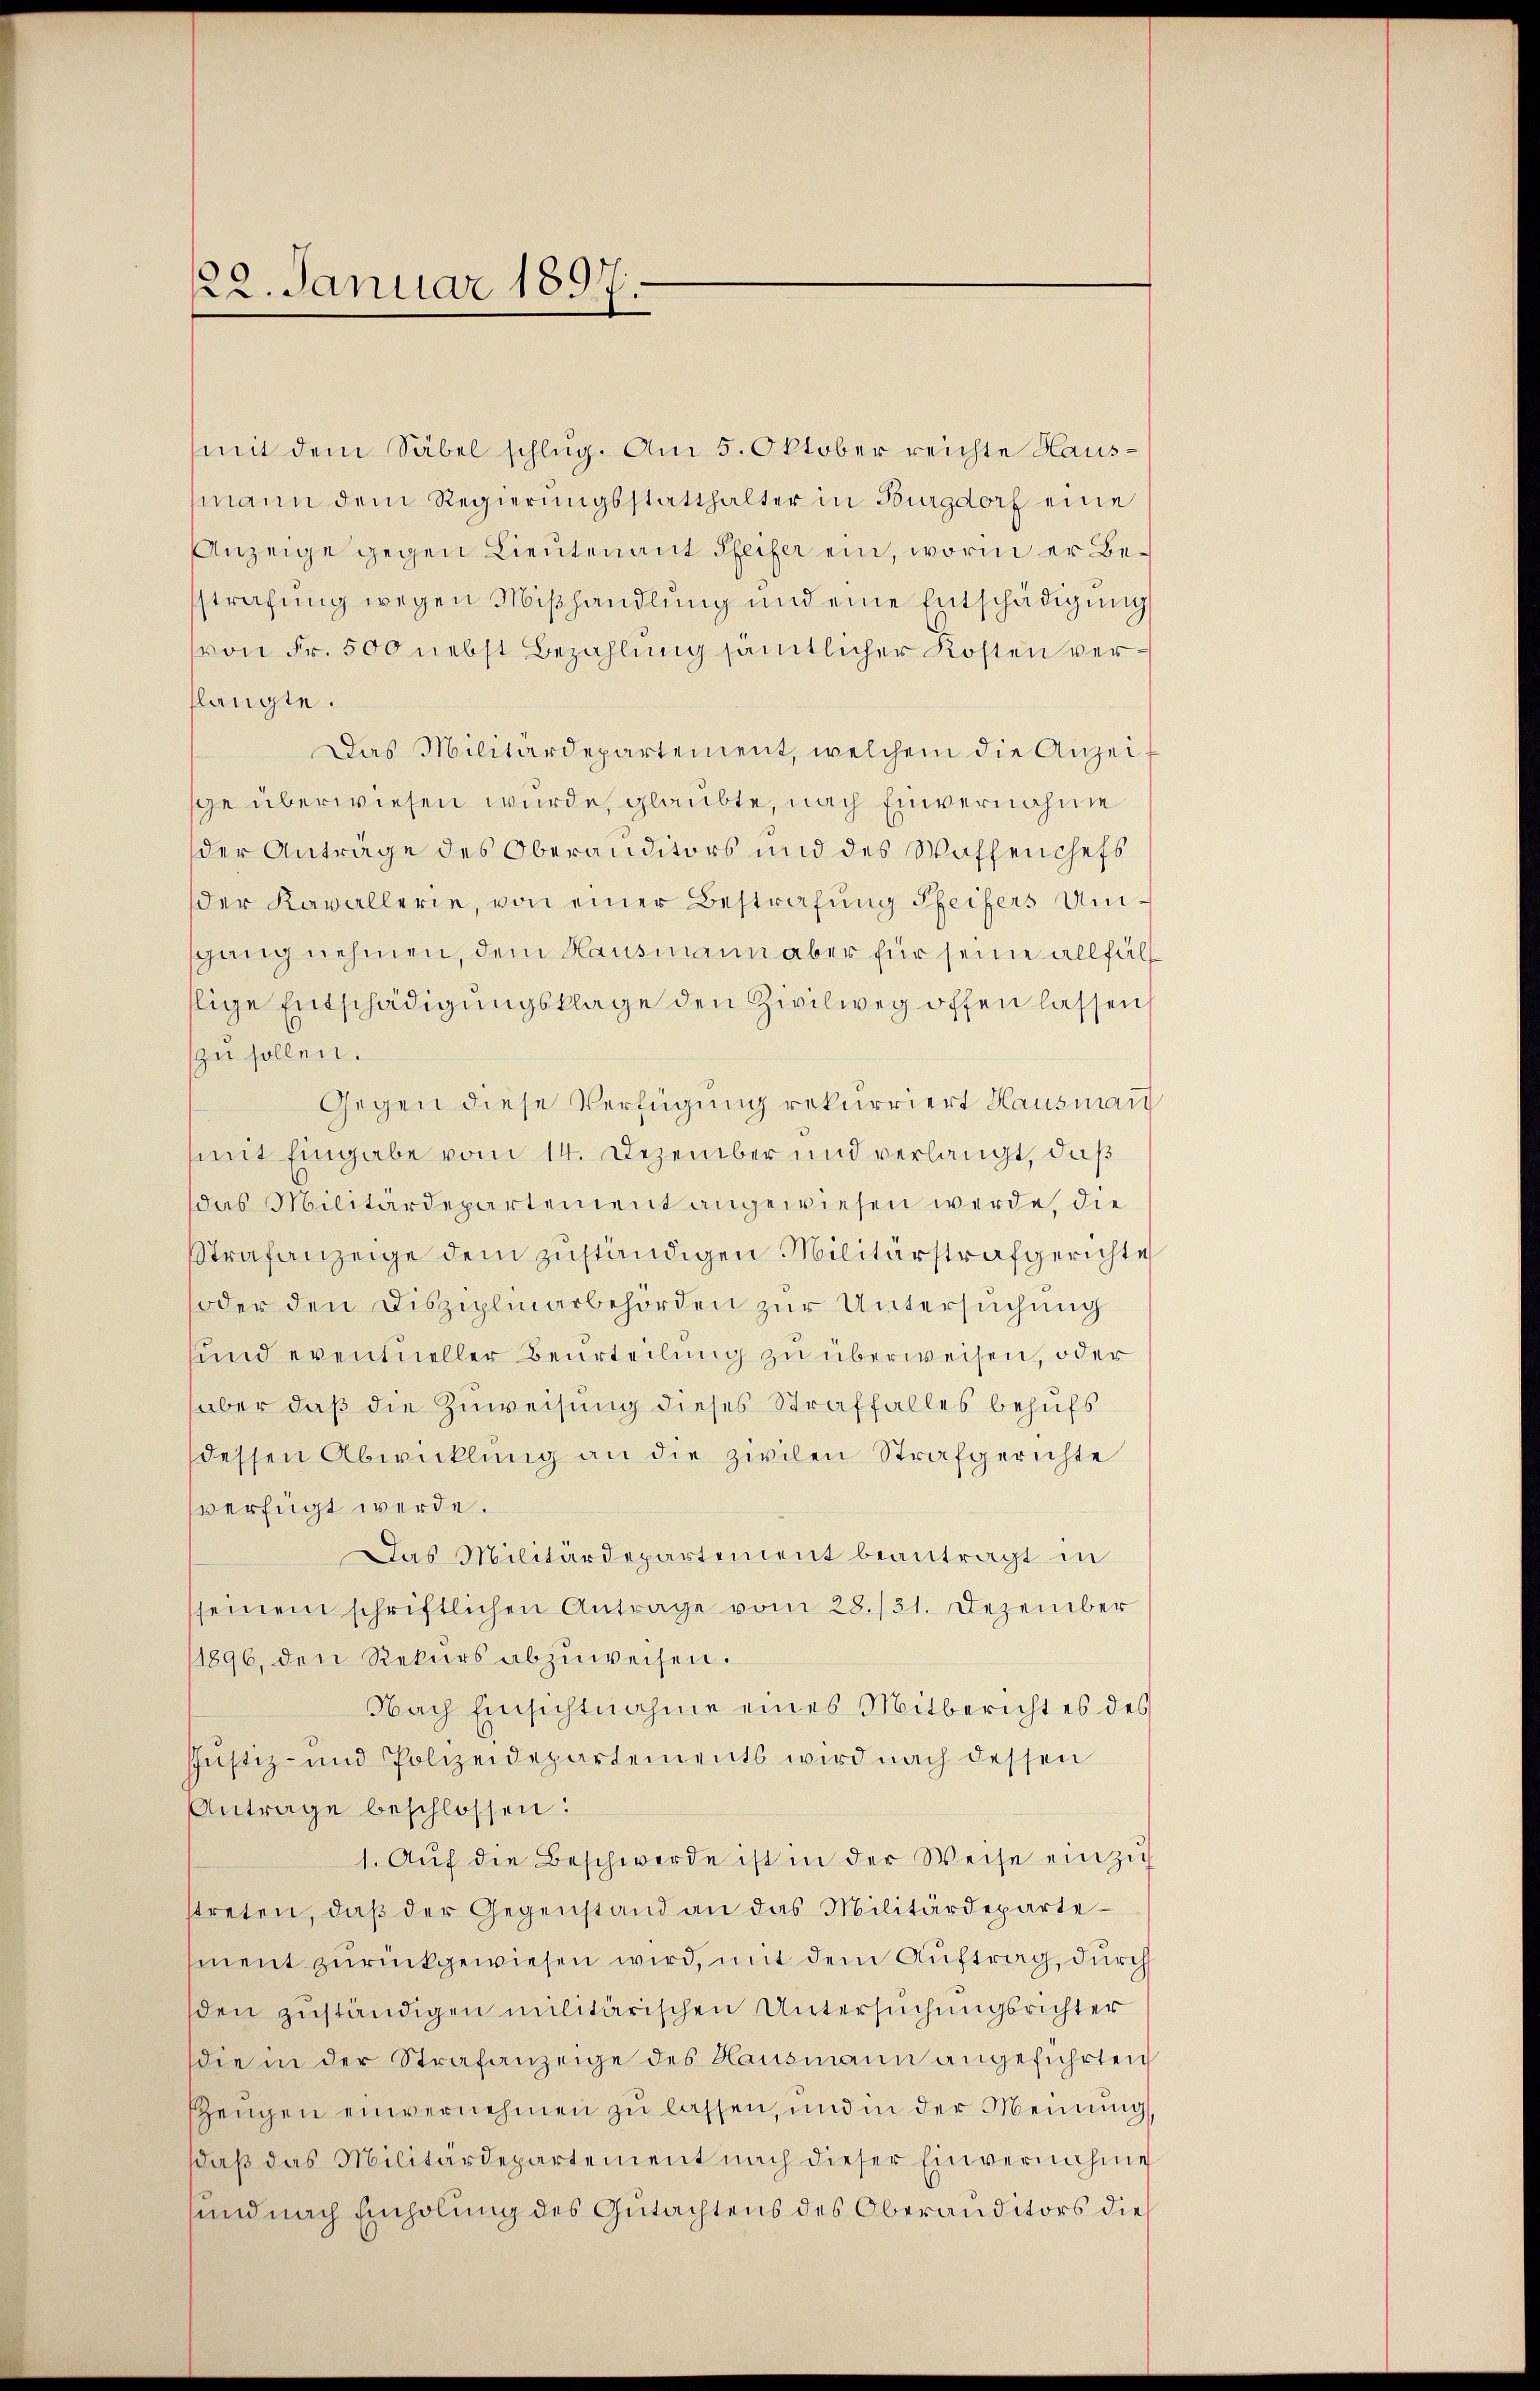
22. Januar 1897.

mit dem Säbel schlug. Am 5. Oktober reichte Hausmann dem Regierungsstatthalter in Burgdorf eine
Anzeige gegen Lieutenant Pfeifer ein, worin er Besstrafung wegen Mißhandlung und eine Entschädigung
von Fr. 500 nebst Bezahlung sämtlicher Kosten verflangte.
Das Militärdepartement, welchem die Anzei
sge überwiesen wurde, glaubte, nach Einvernahme
der Anträge des Oberanditors und des Wafhenchefs
der Kavallerie, von einer Bestrafung Pfeifers Umsgang nehmen, dem Hausmann aber für seine allfäll
llige Entschädigungsklage den Zivilweg offen lassen,
zu sollen.
Gegen diese Verfügung rekurriert Hausmann
mit Eingabe vom 14. Dezember und verlangt, daß
das Militärdepartement angewiesen werde, die
Strafanzeige dem zuständigen Militärstrafgerichte
oder den Disziplinarbehörden zur Untersuchung
sund eventueller Beurteilung zu überweisen, oder
haber daß die Zuweisung dieses Straffalles behufs
dessen Abwicklung an die zwilen Strafgerichte
verfügt werde.
Das Militärdepartement beantragt in
sseinem schriftlichen Antrage vom 28./31. Dezember
1896, den Rekurs abzŭweisen.
Nach Einsichtnahme eines Mitbericht es des
Justiz- und Polizeidepartements wird nach dessen
Antrage beschlossen:
1. Aŭf die Beschwerde ist in der Weise einzig
streten, daβ der Gegenstand an das Militärdepartement zurückgewiesen wird, mit dem Auftrag, durch
sden zuständigen militärischen Untersuchungsrichter
die in der Strafanzeige des Hausmann angeführten
szeugen einvernehmen zu lassen, und in der Meinung,
daß das Militärdepartement nach dieser Einvernahme
und nach Einholung des Gutachtens des Oberauditors dies